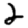
Digit: 2